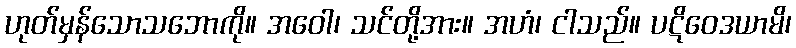
ဟုတ်မှန်သောသဘောကို။ အဝေါ၊ သင်တို့အား။ အဟံ၊ ငါသည်။ ပဋိဝေဒယာမိ၊